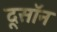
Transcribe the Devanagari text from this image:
दूसॉन